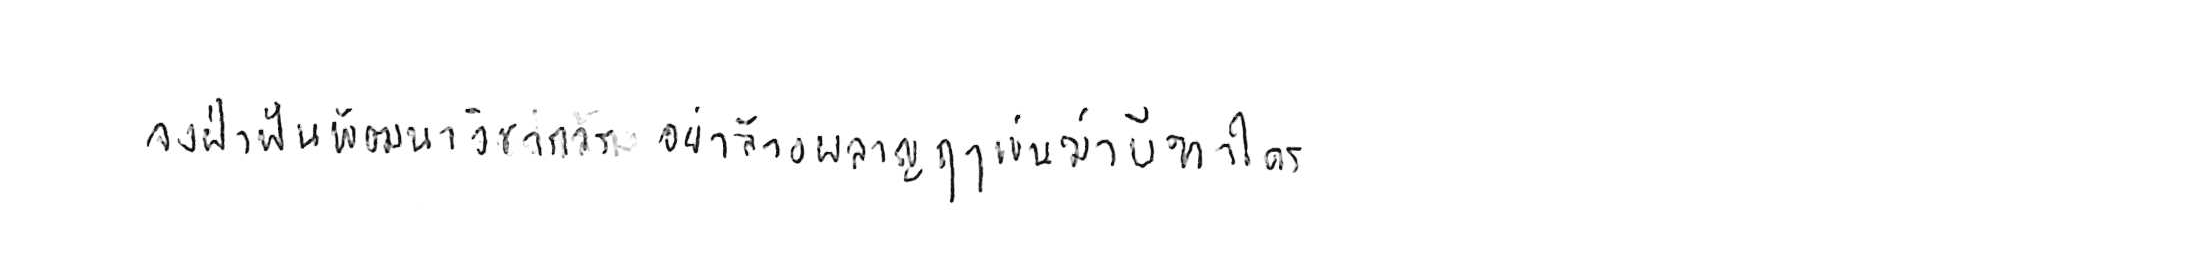
จงฝ่าฟันพัฒนาวิชาการ อย่าล้างผลาญฤๅเข่นฆ่าบีฑาใคร